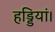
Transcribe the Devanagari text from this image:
हड्डियां।